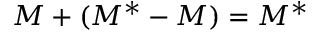
M + ( M ^ { * } - M ) = M ^ { * }